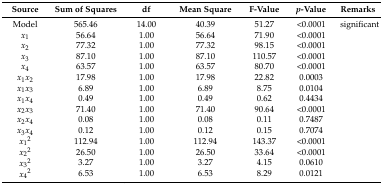
<table><thead><tr><td><b>Source</b></td><td><b>Sum of Squares</b></td><td><b>df</b></td><td><b>Mean Square</b></td><td><b>F-Value</b></td><td><b><i>p</i>-Value</b></td><td><b>Remarks</b></td></tr></thead><tbody><tr><td>Model</td><td>565.46</td><td>14.00</td><td>40.39</td><td>51.27</td><td>&lt;0.0001</td><td>significant</td></tr><tr><td><i>x</i><sub>1</sub></td><td>56.64</td><td>1.00</td><td>56.64</td><td>71.90</td><td>&lt;0.0001</td><td></td></tr><tr><td><i>x</i><sub>2</sub></td><td>77.32</td><td>1.00</td><td>77.32</td><td>98.15</td><td>&lt;0.0001</td><td></td></tr><tr><td><i>x</i><sub>3</sub></td><td>87.10</td><td>1.00</td><td>87.10</td><td>110.57</td><td>&lt;0.0001</td><td></td></tr><tr><td><i>x</i><sub>4</sub></td><td>63.57</td><td>1.00</td><td>63.57</td><td>80.70</td><td>&lt;0.0001</td><td></td></tr><tr><td><i>x</i><sub>1</sub><i>x</i><sub>2</sub></td><td>17.98</td><td>1.00</td><td>17.98</td><td>22.82</td><td>0.0003</td><td></td></tr><tr><td><i>x</i><sub>1</sub><i>x</i><sub>3</sub></td><td>6.89</td><td>1.00</td><td>6.89</td><td>8.75</td><td>0.0104</td><td></td></tr><tr><td><i>x</i><sub>1</sub><i>x</i><sub>4</sub></td><td>0.49</td><td>1.00</td><td>0.49</td><td>0.62</td><td>0.4434</td><td></td></tr><tr><td><i>x</i><sub>2</sub><i>x</i><sub>3</sub></td><td>71.40</td><td>1.00</td><td>71.40</td><td>90.64</td><td>&lt;0.0001</td><td></td></tr><tr><td><i>x</i><sub>2</sub><i>x</i><sub>4</sub></td><td>0.08</td><td>1.00</td><td>0.08</td><td>0.11</td><td>0.7487</td><td></td></tr><tr><td><i>x</i><sub>3</sub><i>x</i><sub>4</sub></td><td>0.12</td><td>1.00</td><td>0.12</td><td>0.15</td><td>0.7074</td><td></td></tr><tr><td><i>x</i><sub>1</sub><sup>2</sup></td><td>112.94</td><td>1.00</td><td>112.94</td><td>143.37</td><td>&lt;0.0001</td><td></td></tr><tr><td><i>x</i><sub>2</sub><sup>2</sup></td><td>26.50</td><td>1.00</td><td>26.50</td><td>33.64</td><td>&lt;0.0001</td><td></td></tr><tr><td><i>x</i><sub>3</sub><sup>2</sup></td><td>3.27</td><td>1.00</td><td>3.27</td><td>4.15</td><td>0.0610</td><td></td></tr><tr><td><i>x</i><sub>4</sub><sup>2</sup></td><td>6.53</td><td>1.00</td><td>6.53</td><td>8.29</td><td>0.0121</td><td></td></tr></tbody></table>